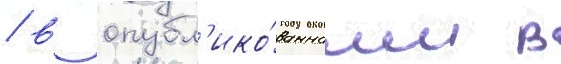
/ в опубл'ико́ванном в